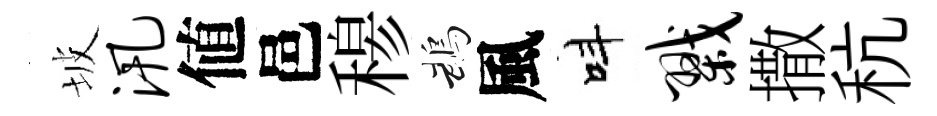
坡汛値邑𥠇鵡風呌戮撒秔